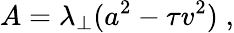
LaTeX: A=\lambda_{\perp}(a^{2}-\tau v^{2})\; ,